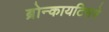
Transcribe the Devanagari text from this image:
ब्रोन्कायटिसचे